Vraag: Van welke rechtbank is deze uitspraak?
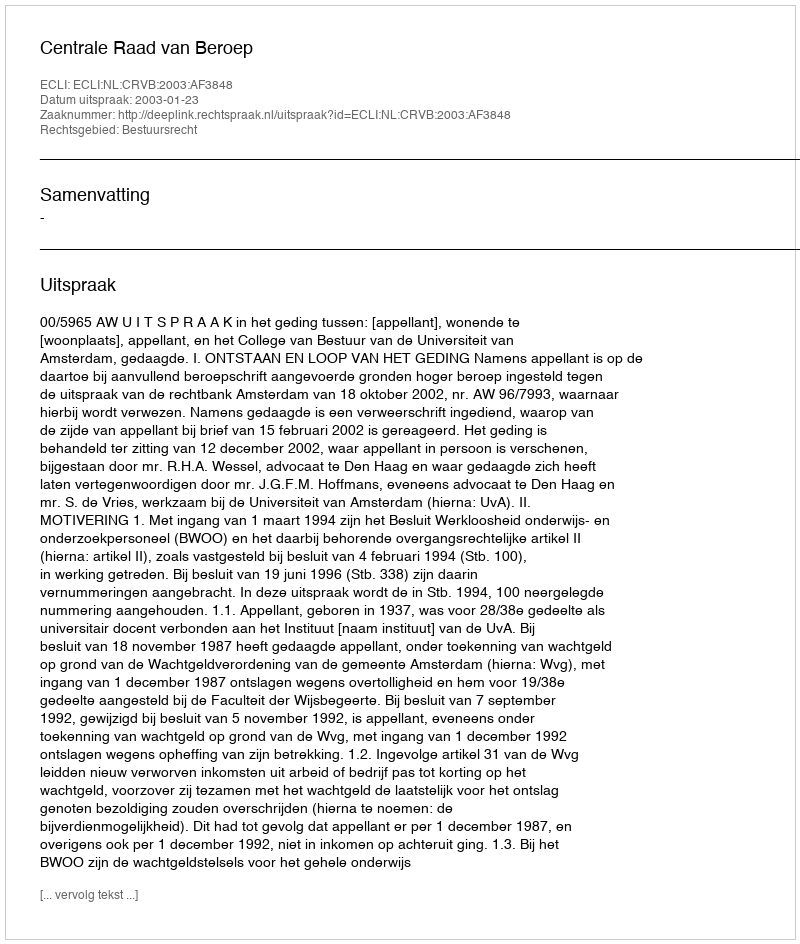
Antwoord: Centrale Raad van Beroep